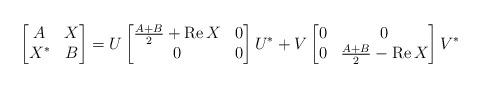
LaTeX: \begin{align*}\begin{bmatrix} A &X \\X^* &B\end{bmatrix} = U\begin{bmatrix} \frac{A+B}{2} +{\mathrm{Re}\,} X&0 \\0 &0\end{bmatrix} U^* +V\begin{bmatrix} 0 &0 \\0 &\frac{A+B}{2} -{\mathrm{Re}\,} X\end{bmatrix} V^*\end{align*}